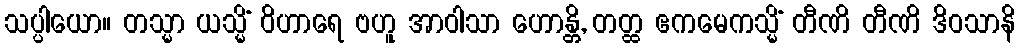
သပ္ပါယော။ တသ္မာ ယသ္မိံ ဝိဟာရေ ဗဟူ အာဝါသာ ဟောန္တိ, တတ္ထ ဧကမေကသ္မိံ တီဏိ တီဏိ ဒိဝသာနိ